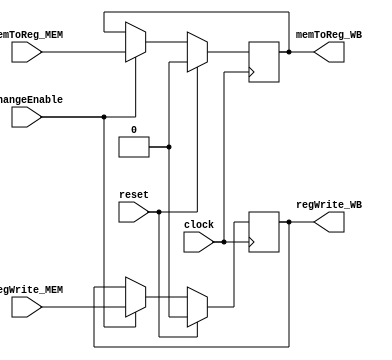
module MEMWBRegister (
	// input ALUSrcAR_MEM,
	// input [3:0] ALUOp_MEM,
	// input DRSrc_MEM,
	// input outputEnable_MEM,
	// input SZCVSrc_MEM,
	// input memRead_MEM,
	// input inputEnable_MEM,
	// input memWrite_MEM,
	// input branch_MEM,
	input regWrite_MEM, 
	input memToReg_MEM,
	input changeEnable,
	input reset,
	input clock,
	// output reg ALUSrcAR_WB,
	// output reg [3:0] ALUOp_WB,
	// output reg DRSrc_WB,
	// output reg outputEnable_WB,
	// output reg SZCVSrc_WB,
	// output reg memRead_WB,
	// output reg inputEnable_WB,
	// output reg memWrite_WB,
	// output reg branch_WB,
	output reg regWrite_WB, 
	output reg memToReg_WB );

    always @(posedge clock) begin
        if (reset) begin 
            // ALUSrcAR_WB <= 1'b 0;
            // ALUOp_WB <= 4'b 0000;
            // DRSrc_WB <= 1'b 0;
            // outputEnable_WB <= 1'b 0;//critical
            // SZCVSrc_WB <= 1'b 0;
            // memRead_WB <= 1'b 0;//critical
            // inputEnable_WB <= 1'b 0;//critical?
            // memWrite_WB <= 1'b 0;//critical
            // branch_WB <= 1'b 0;//critical
            regWrite_WB <= 1'b 0;//critical
            memToReg_WB <= 1'b 0;
        end else begin
           if(changeEnable) begin
                // ALUSrcAR_WB <= ALUSrcAR_MEM;
                // ALUOp_WB <= ALUOp_MEM;
                // DRSrc_WB <= DRSrc_MEM;
                // outputEnable_WB <= outputEnable_MEM;
                // SZCVSrc_WB <= SZCVSrc_MEM;
                // memRead_WB <= memRead_MEM;
                // inputEnable_WB <= inputEnable_MEM;
                // memWrite_WB <= memWrite_MEM;
                // branch_WB <= branch_MEM;
                regWrite_WB <= regWrite_MEM;
                memToReg_WB <= memToReg_MEM;
           end 
        end
    end

endmodule